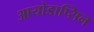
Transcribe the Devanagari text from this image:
आयोडाप्सिन